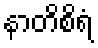
နာတိစိရံ